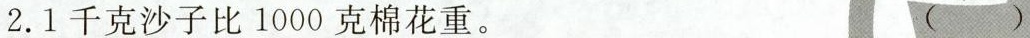
2.1千克沙子比1000克棉花重。()